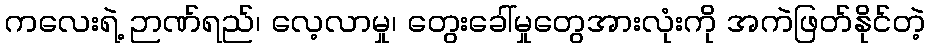
ကလေးရဲ့ ဉာဏ်ရည်၊ လေ့လာမှု၊ တွေးခေါ်မှုတွေအားလုံးကို အကဲဖြတ်နိုင်တဲ့